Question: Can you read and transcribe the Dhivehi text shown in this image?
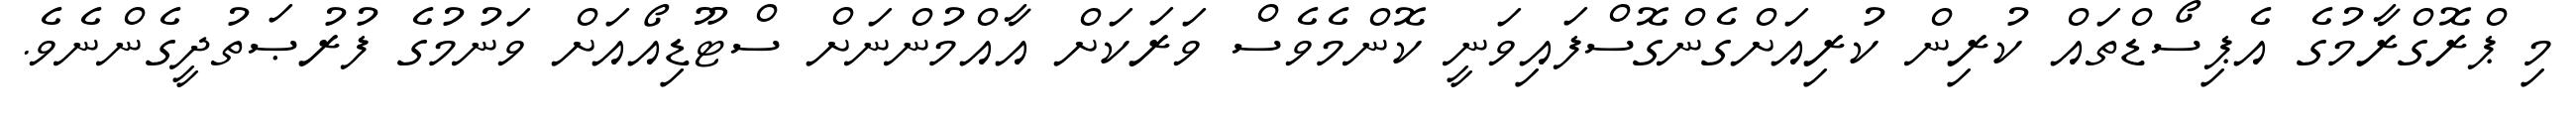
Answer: މި ޕްރޮގްރާމުގެ އެޕިސޯޑްތައް ކުރިން ކުރިއަށްގެންގޮސްފައިވަނީ ކޮންމެވެސް ވަރަކަށް އާއްމުންނަށް ސްޓޫޑިއޯއަށް ވަނުމުގެ ފުރުޞަތުދީގެންނެވެ.